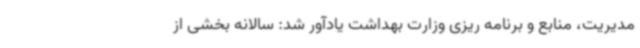
مدیریت، منابع و برنامه ریزی وزارت بهداشت یادآور شد: سالانه بخشی از